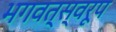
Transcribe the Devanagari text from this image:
भगवत्स्वरूप